Leningradi_Edasi_toimetus, lk 236
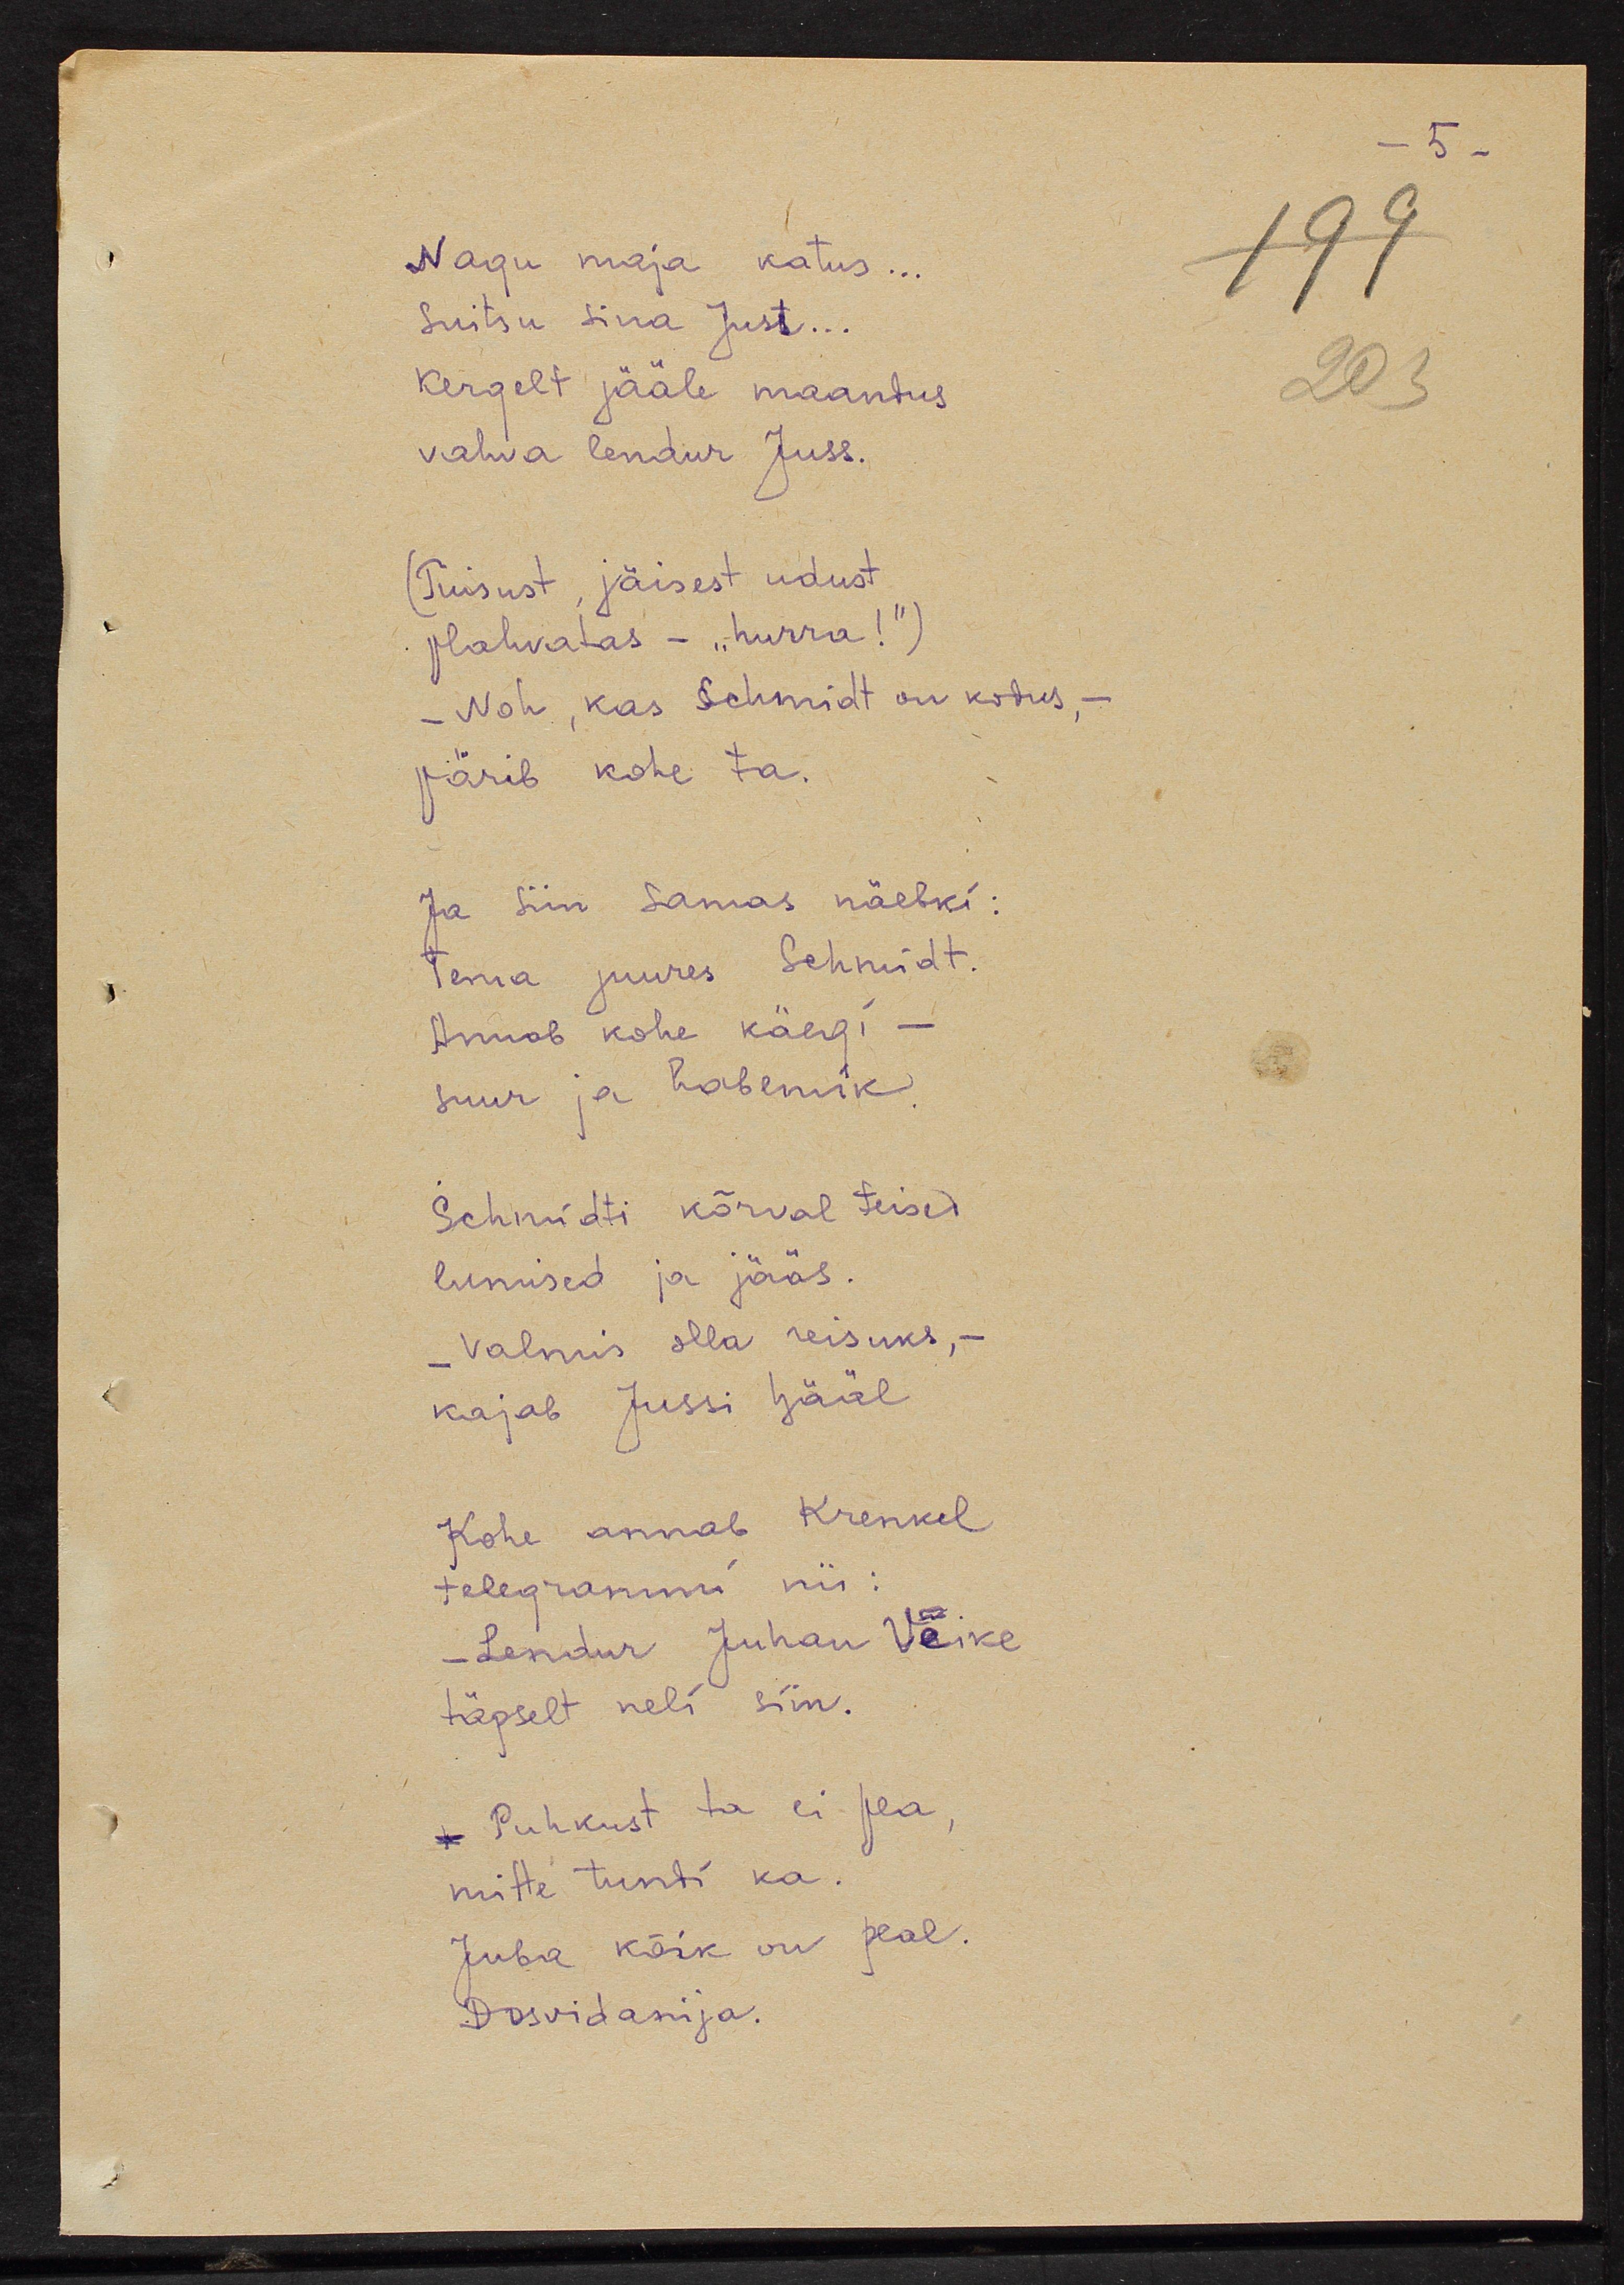
Nagu maja katus...
Suitsu sina Just...
Kerget jääle maandus
vahva lendur Juss.
(Tuisust, jäisest udust
plahvatas - "hurra!")
- Noh, kas Schmidt on kodus, -
pärib kohe ta.
Ja siin samas näebki:
Tema juures Schmidt.
Annab kohe käegi - 
suur ja habemik.
Schmidti kõrval teised 
lumised ja jääs.
- Valmis olla reisuks, -
kajab Jussi hääl.
Kohe annab Krenkel
telegrammi nii:
Lendur Juhan Väike
täpselt neli siin.
- Puhkust ta ei pea,
mitte tundi ka.
Juba kõik on peal
Dosvidanija